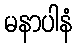
မနာပါနံ